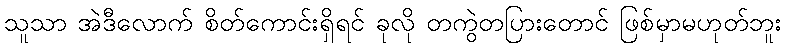
သူသာ အဲဒီလောက် စိတ်ကောင်းရှိရင် ခုလို တကွဲတပြားတောင် ဖြစ်မှာမဟုတ်ဘူး